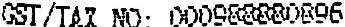
GST/TAX NO: 000988880896